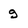
Character: g